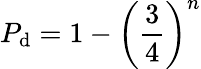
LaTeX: P_{\mathrm{d}}=1-\left({\frac{{3}}{{4}}}\right)^{n}